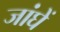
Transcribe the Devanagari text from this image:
जांघें